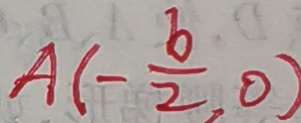
A ( - \frac { b } { 2 } , 0 )